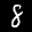
Label: 8